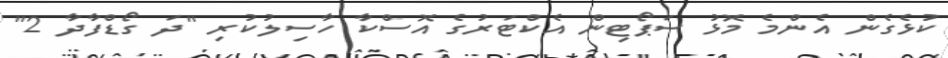
ކުޅެގެން އެންމެ މޮޅު ސަޕޯޓިން އެކްޓަރުގެ އޮސްކާ ހާސިލުކުރި "ދަ ގޯޑްފާދާ 2"